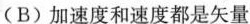
(B)加速度和速度都是矢量